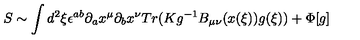
S \sim \int d ^ { 2 } \xi \epsilon ^ { a b } \partial _ { a } x ^ { \mu } \partial _ { b } x ^ { \nu } T r ( K g ^ { - 1 } B _ { \mu \nu } ( x ( \xi ) ) g ( \xi ) ) + \Phi [ g ]